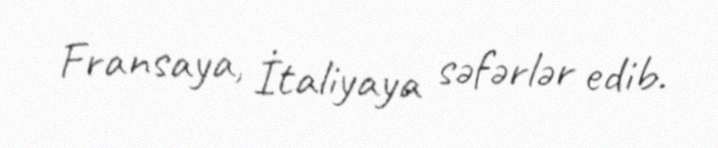
Fransaya, İtaliyaya səfərlər edib.